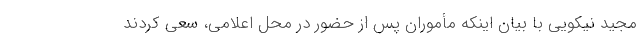
مجید نیکویی با بیان اینکه مأموران پس از حضور در محل اعلامی، سعی کردند